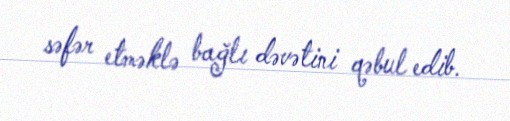
səfər etməklə bağlı dəvətini qəbul edib.